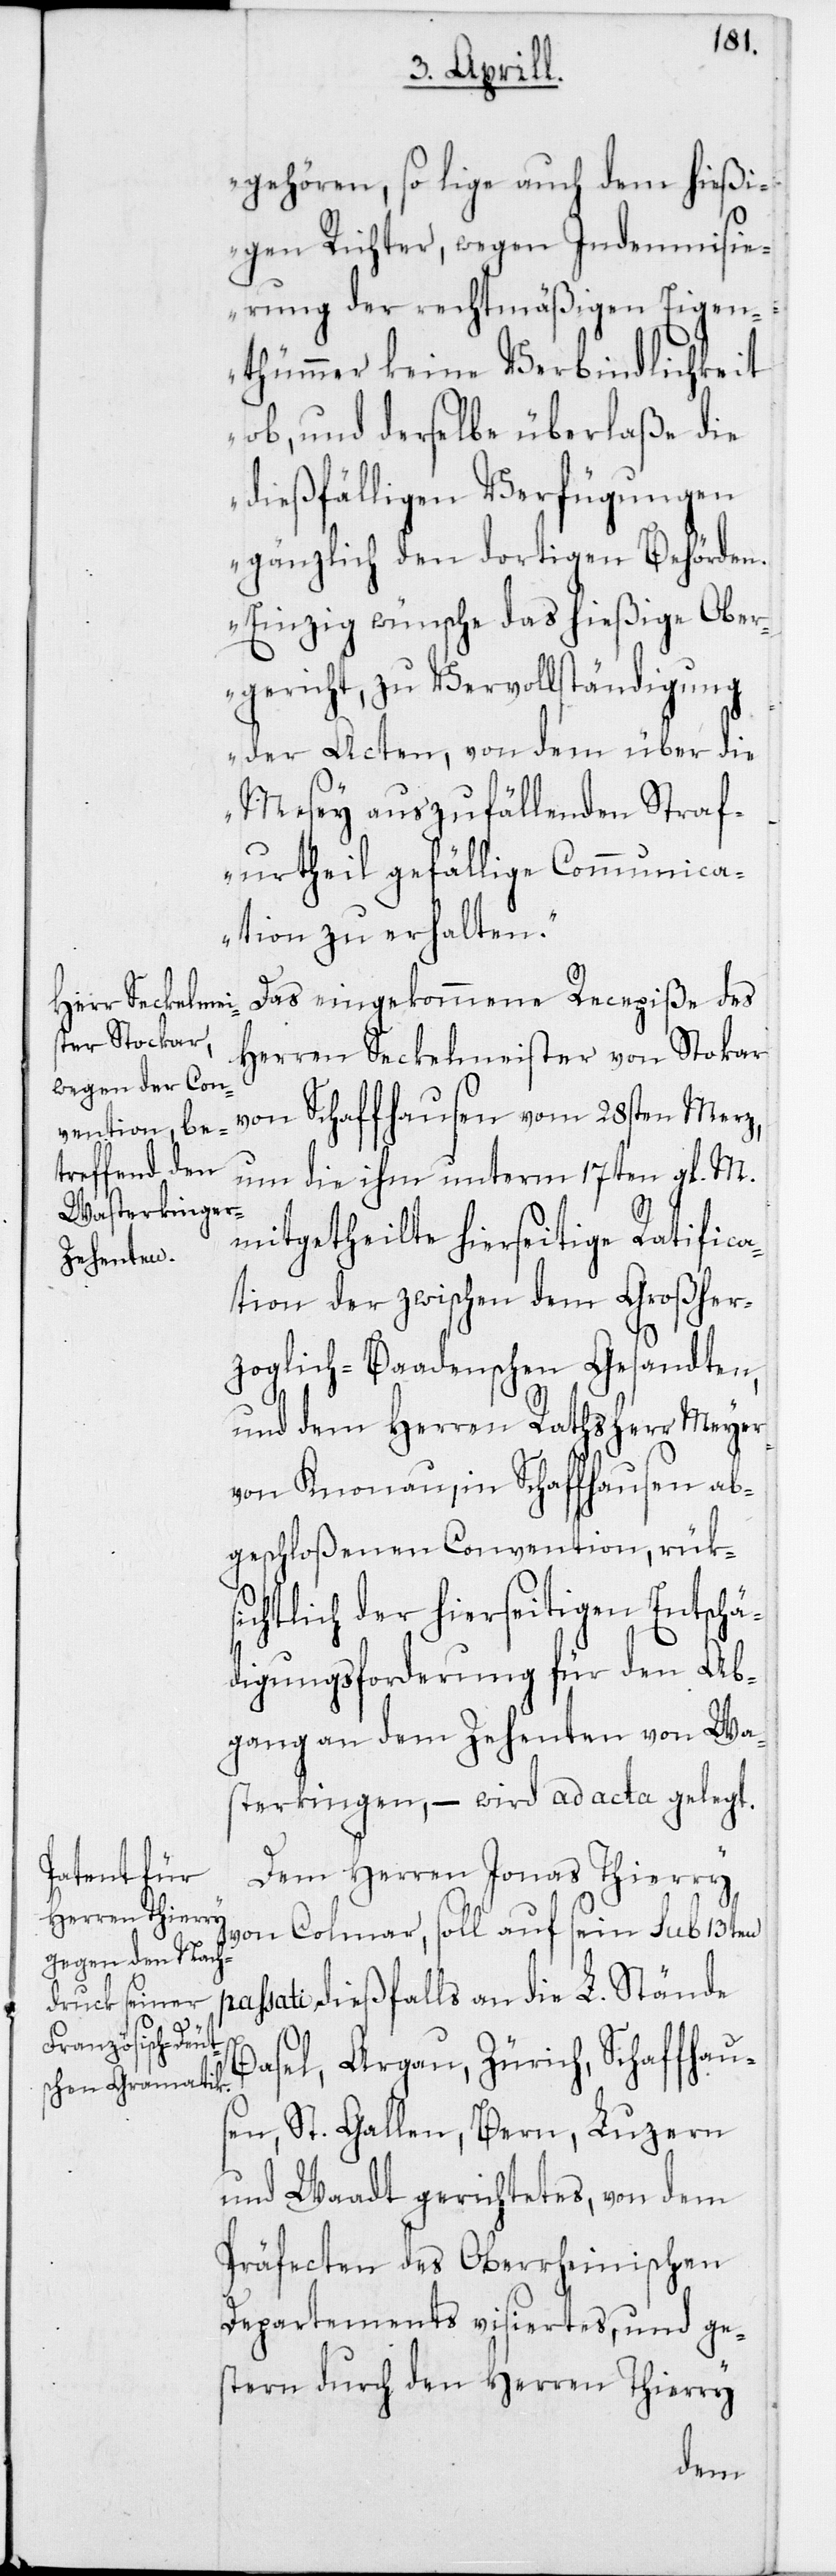
gehören, so lige auch dem hießi¬
gen Richter, wegen Indemnisi¬
erung der rechtmäßigen Eigen¬
thümmer keine Verbindlichkeit
ob, und derselbe überlaße die
dießfälligen Verfügungen
gänzlich den dortigen Behörden.
Einzig wünsche das hießige Ober¬
p¬
gericht, zu Vervollständigung
der Acten, von dem über die
Mesey auszufällenden Straf¬
urtheil gefällige Communica¬
tion zu erhalten.“
Das eingekommene Recepiße des
Herren Seckelmeister von Stokar
von Schaffhausen vom 28sten Merz,
um die ihm unterm 17ten gl. M.
mitgetheilte hierseitige Ratifica¬
tion der zwischen dem Großher¬
zoglich-Baadenschen Gesandten,
und dem Herren Rathsherr Meyer
von Knonau, in Schaffhausen ab¬
geschloßenen Convention, rüks¬
ichtlich der hierseitigen Entschä¬
digungsforderung für den Ab¬
gang an dem Zehenten von Was¬
terkingen, – wird ad acta gelegt.
Dem Herren Johannes Thierry
von Colmar, soll auf sein sub 13ten
assati dießfalls an die L. Stände
Basel, Argau, Zürich, Schaffhaus¬
en, St. Gallen, Bern, Luzern
und Waadt gerichtetes, von dem
Präfecten des Oberrheinischen
Departements visiertes, und ge¬
stern durch den Herren Thierry